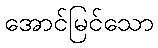
အောင်မြင်သော